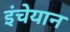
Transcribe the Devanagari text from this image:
इंचेयान